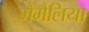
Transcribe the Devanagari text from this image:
मैमैलिया